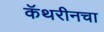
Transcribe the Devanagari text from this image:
कॅथरीनचा